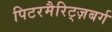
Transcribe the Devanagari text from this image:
पिटरमैरिट्ज़बर्ग